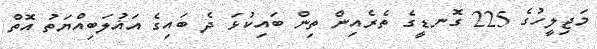
މަޖިލީހުގެ 225 ގޮނޑީގެ ތެރެއިން ތިން ބައިކުޅަ ދެ ބައިގެ އަޣުލަބިއްޔަތު އޮތް